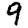
Digit: 9